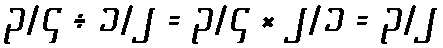
၃/၄ ÷ ၁/၂ = ၃/၄ × ၂/၁ = ၃/၂